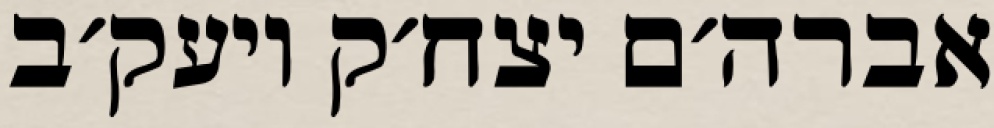
אברה׳ם יצח׳ק ויעק׳ב